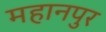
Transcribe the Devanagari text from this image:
महानपुर